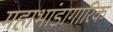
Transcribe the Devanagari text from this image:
महाभांडागारिक